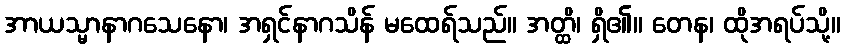
အာယသ္မာနာဂသေနော၊ အရှင်နာဂသိန် မထေရ်သည်။ အတ္ထိ၊ ရှိ၏။ တေန၊ ထိုအရပ်သို့။